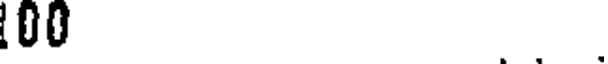
00 .